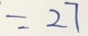
= 2 7